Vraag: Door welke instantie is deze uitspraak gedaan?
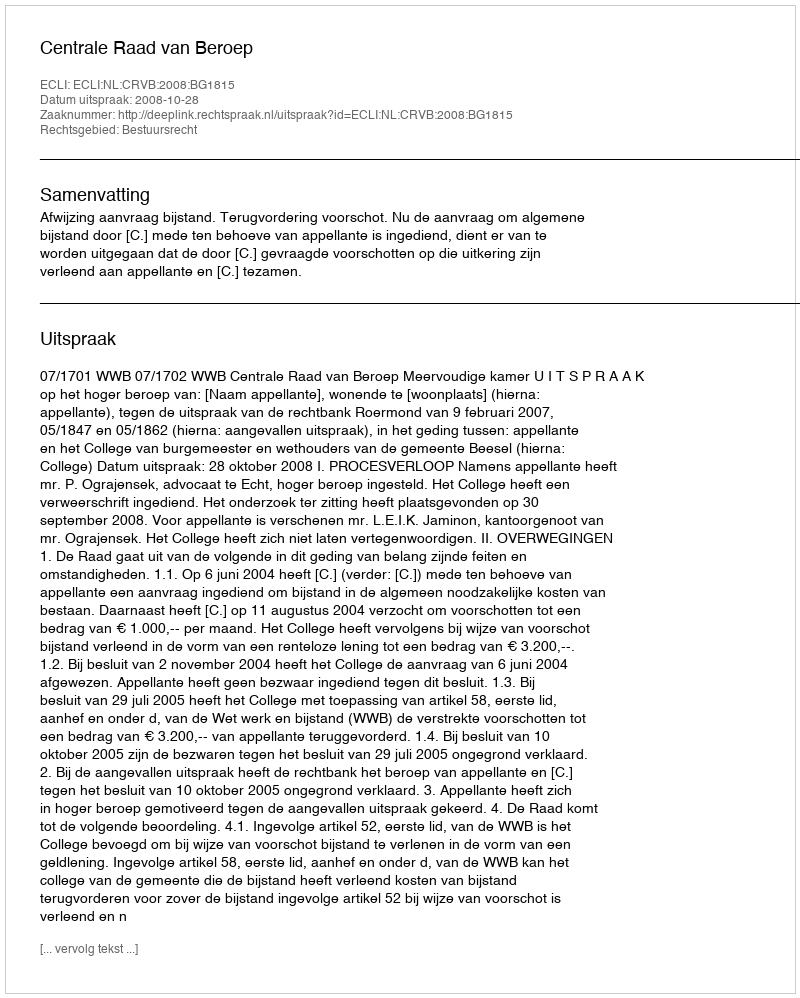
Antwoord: Centrale Raad van Beroep